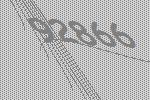
92866